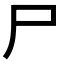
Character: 尸